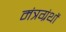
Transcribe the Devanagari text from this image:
मंत्रग्रंथों